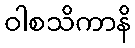
ဝါစသိကာနိ